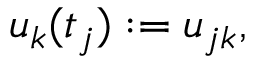
u _ { k } ( t _ { j } ) : = u _ { j k } ,